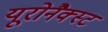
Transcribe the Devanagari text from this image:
यूरोनैक्स्ट